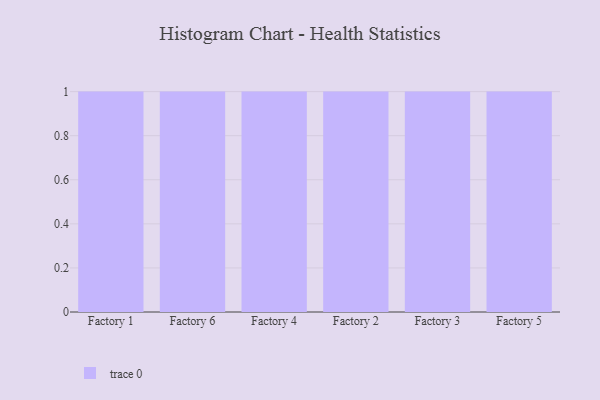
{"axis": {"x": "Factory", "y": "Market Share (%)"}, "legend": [""], "data": [{"x": "Factory 1", "y": 60, "type": ""}, {"x": "Factory 6", "y": 2, "type": ""}, {"x": "Factory 4", "y": 31, "type": ""}, {"x": "Factory 2", "y": 29, "type": ""}, {"x": "Factory 3", "y": 42, "type": ""}, {"x": "Factory 5", "y": 90, "type": ""}]}